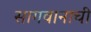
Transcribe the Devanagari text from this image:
सागवानाची